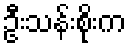
ဦးသန်းစိုးက